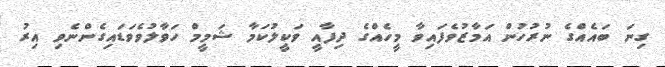
ގިނަ ބައެއްގެ ނުރުހުން އަމާޒުވެފައިވާ މީހެއްގެ ދިފާއީ ވަކީލުކަމާ ޝަމީމް ހަވާލުވެވަޑައިގެންނެވި އިރު